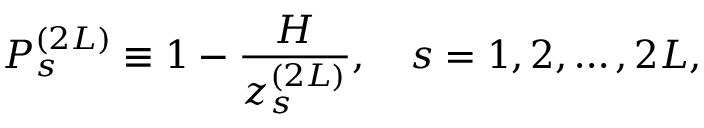
{ \cal P } _ { s } ^ { ( 2 { \cal L } ) } \equiv 1 - \frac { { \cal H } } { z _ { s } ^ { ( 2 { \cal L } ) } } , \quad s = 1 , 2 , \dots , 2 { \cal L } ,